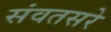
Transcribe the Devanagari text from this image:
संवतसरे